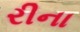
રીના